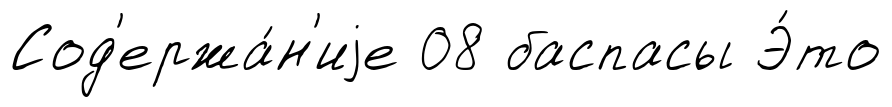
Сод'ержа́н'иjе 08 баспасы Э́то